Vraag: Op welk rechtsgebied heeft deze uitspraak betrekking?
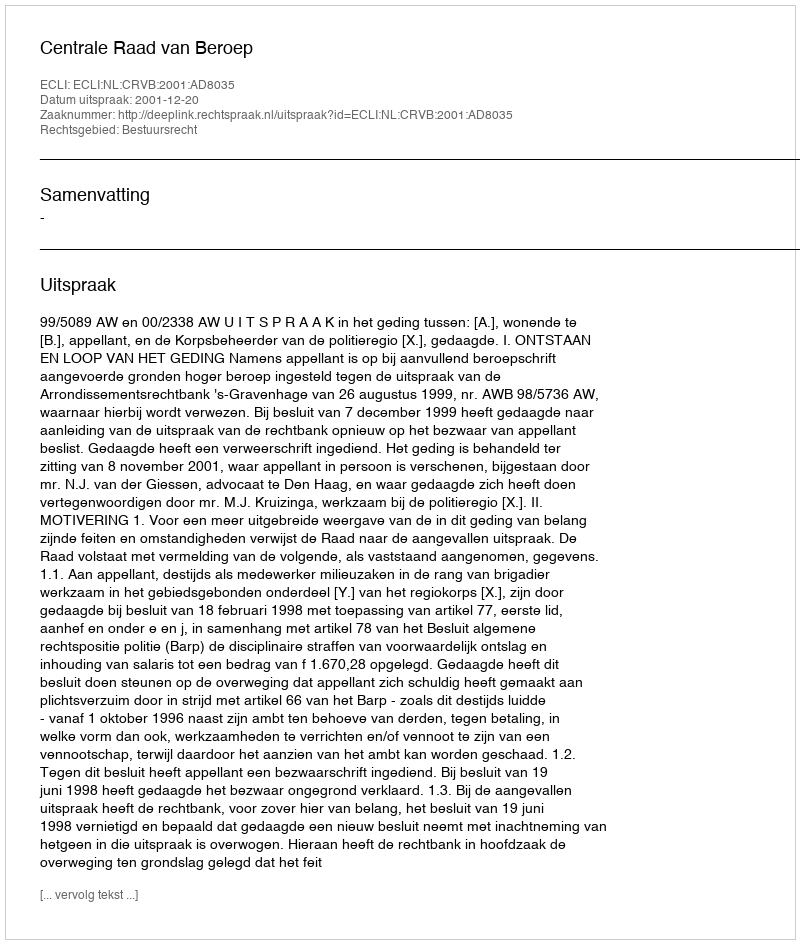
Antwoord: Bestuursrecht